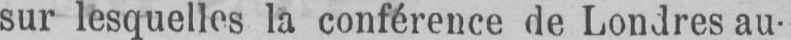
sur lesquelles la conférence de Londres au-